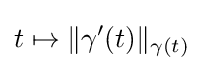
t\mapsto \|\gamma '(t)\|_{\gamma (t)}